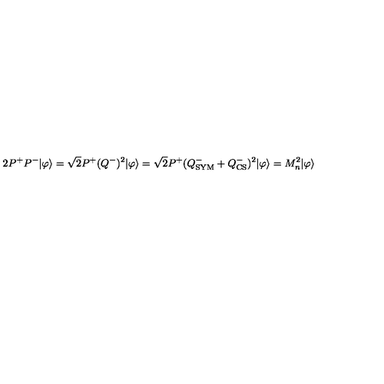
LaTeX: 2 P ^ { + } P ^ { - } | \varphi \rangle = \sqrt { 2 } P ^ { + } ( Q ^ { - } ) ^ { 2 } | \varphi \rangle = \sqrt { 2 } P ^ { + } ( Q _ { \mathrm { S Y M } } ^ { - } + Q _ { \mathrm { C S } } ^ { - } ) ^ { 2 } | \varphi \rangle = M _ { n } ^ { 2 } | \varphi \rangle